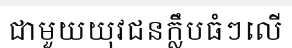
ជាមួយយុវជនក្លឹបធំៗលើ